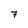
Character: 7